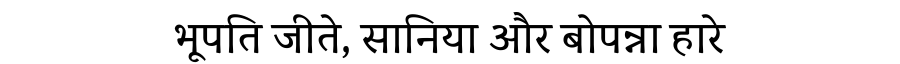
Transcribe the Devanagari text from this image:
भूपति जीते, सानिया और बोपन्ना हारे